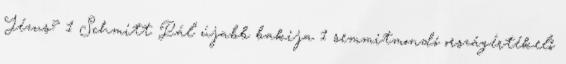
Jézus? 1 Schmitt Pál újabb bakija 1 semmitmondó országértékelő